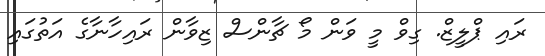
ރައި ޕްލީޒް. ގިވް މީ ވަން މޯ ޗާންސް ޒިވާން ރައިހާނާގެ އަތުގައި